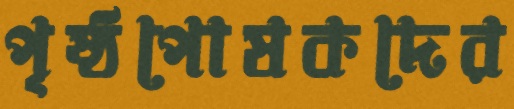
পৃষ্ঠপোষকদের